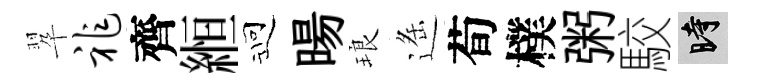
翆祚齊縆迎暘琅遥荀樸粥駮时